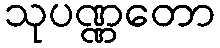
သုပဏ္ဏတော